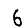
Digit: 6